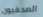
الصحفيون